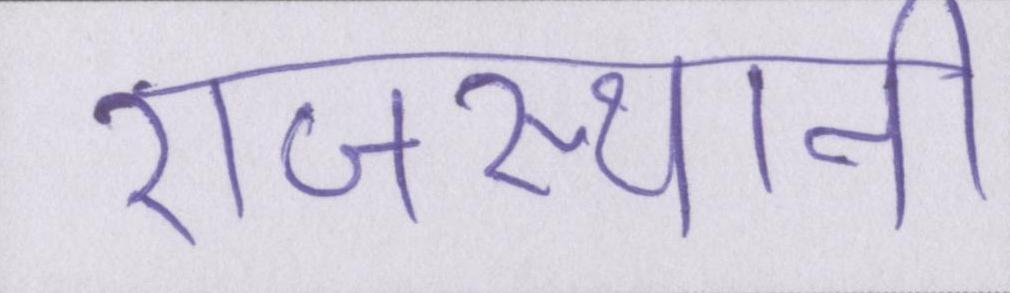
राजस्थानी